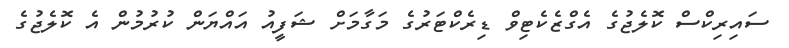
ސައިރިކްސް ކޮލެޖުގެ އެގްޒެކެޓިވް ޑިރެކްޓަރުގެ މަގާމަށް ޝަފީއު އައްޔަން ކުރުމުން އެ ކޮލެޖުގެ